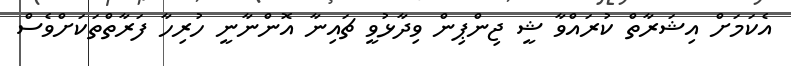
އެކަމަށް އިޝަރާތް ކުރައްވާ ޝީ ޖިންޕިން ވިދާޅުވީ ޗައިނާ އޮންނާނީ ހުރިހާ ފަރާތްތަކަށްވެސް